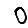
Digit: 0